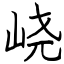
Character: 峣